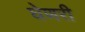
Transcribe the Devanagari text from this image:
घेणरी